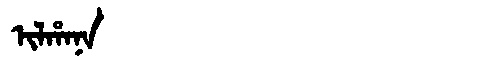
Manchu: ᡳᠯᡥᠠᠨᠠ
Romanization: ILHANA